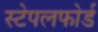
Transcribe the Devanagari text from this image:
स्टेपलफोर्ड